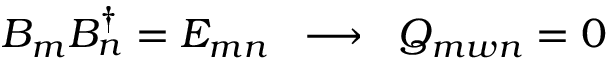
B _ { m } B _ { n } ^ { \dagger } = E _ { m n } \; \; \longrightarrow \; \; Q _ { m w n } = 0